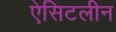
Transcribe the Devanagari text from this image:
ऐसिटलीन